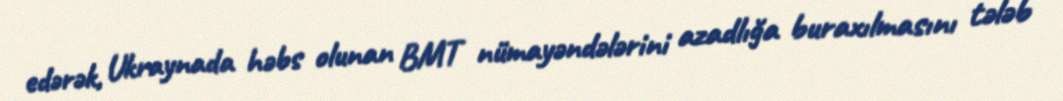
edərək, Ukraynada həbs olunan BMT nümayəndələrini azadlığa buraxılmasını tələb